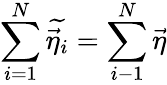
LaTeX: \sum_{i=1}^{N}\widetilde{\vec{\eta}_{i}}=\sum_{i-1}^{N}\vec{\eta}